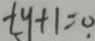
t y + 1 = 0